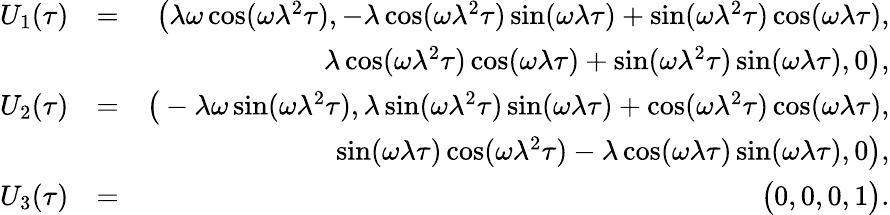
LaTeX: \begin{array}{rlr}{U_{1}(\tau)}&{=}&{\big(\lambda\omega\cos(\omega\lambda^{2}\tau),-\lambda\cos(\omega\lambda^{2}\tau)\sin(\omega\lambda\tau)+\sin(\omega\lambda^{2}\tau)\cos(\omega\lambda\tau),}\\ &{}&{\: \: \lambda\cos(\omega\lambda^{2}\tau)\cos(\omega\lambda\tau)+\sin(\omega\lambda^{2}\tau)\sin(\omega\lambda\tau),0\big),}\\ {U_{2}(\tau)}&{=}&{\big(-\lambda\omega\sin(\omega\lambda^{2}\tau),\lambda\sin(\omega\lambda^{2}\tau)\sin(\omega\lambda\tau)+\cos(\omega\lambda^{2}\tau)\cos(\omega\lambda\tau),}\\ &{}&{\: \: \sin(\omega\lambda\tau)\cos(\omega\lambda^{2}\tau)-\lambda\cos(\omega\lambda\tau)\sin(\omega\lambda\tau),0\big),}\\ {U_{3}(\tau)}&{=}&{\big(0,0,0,1\big).}\end{array}